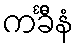
ကင်္ခီနံ